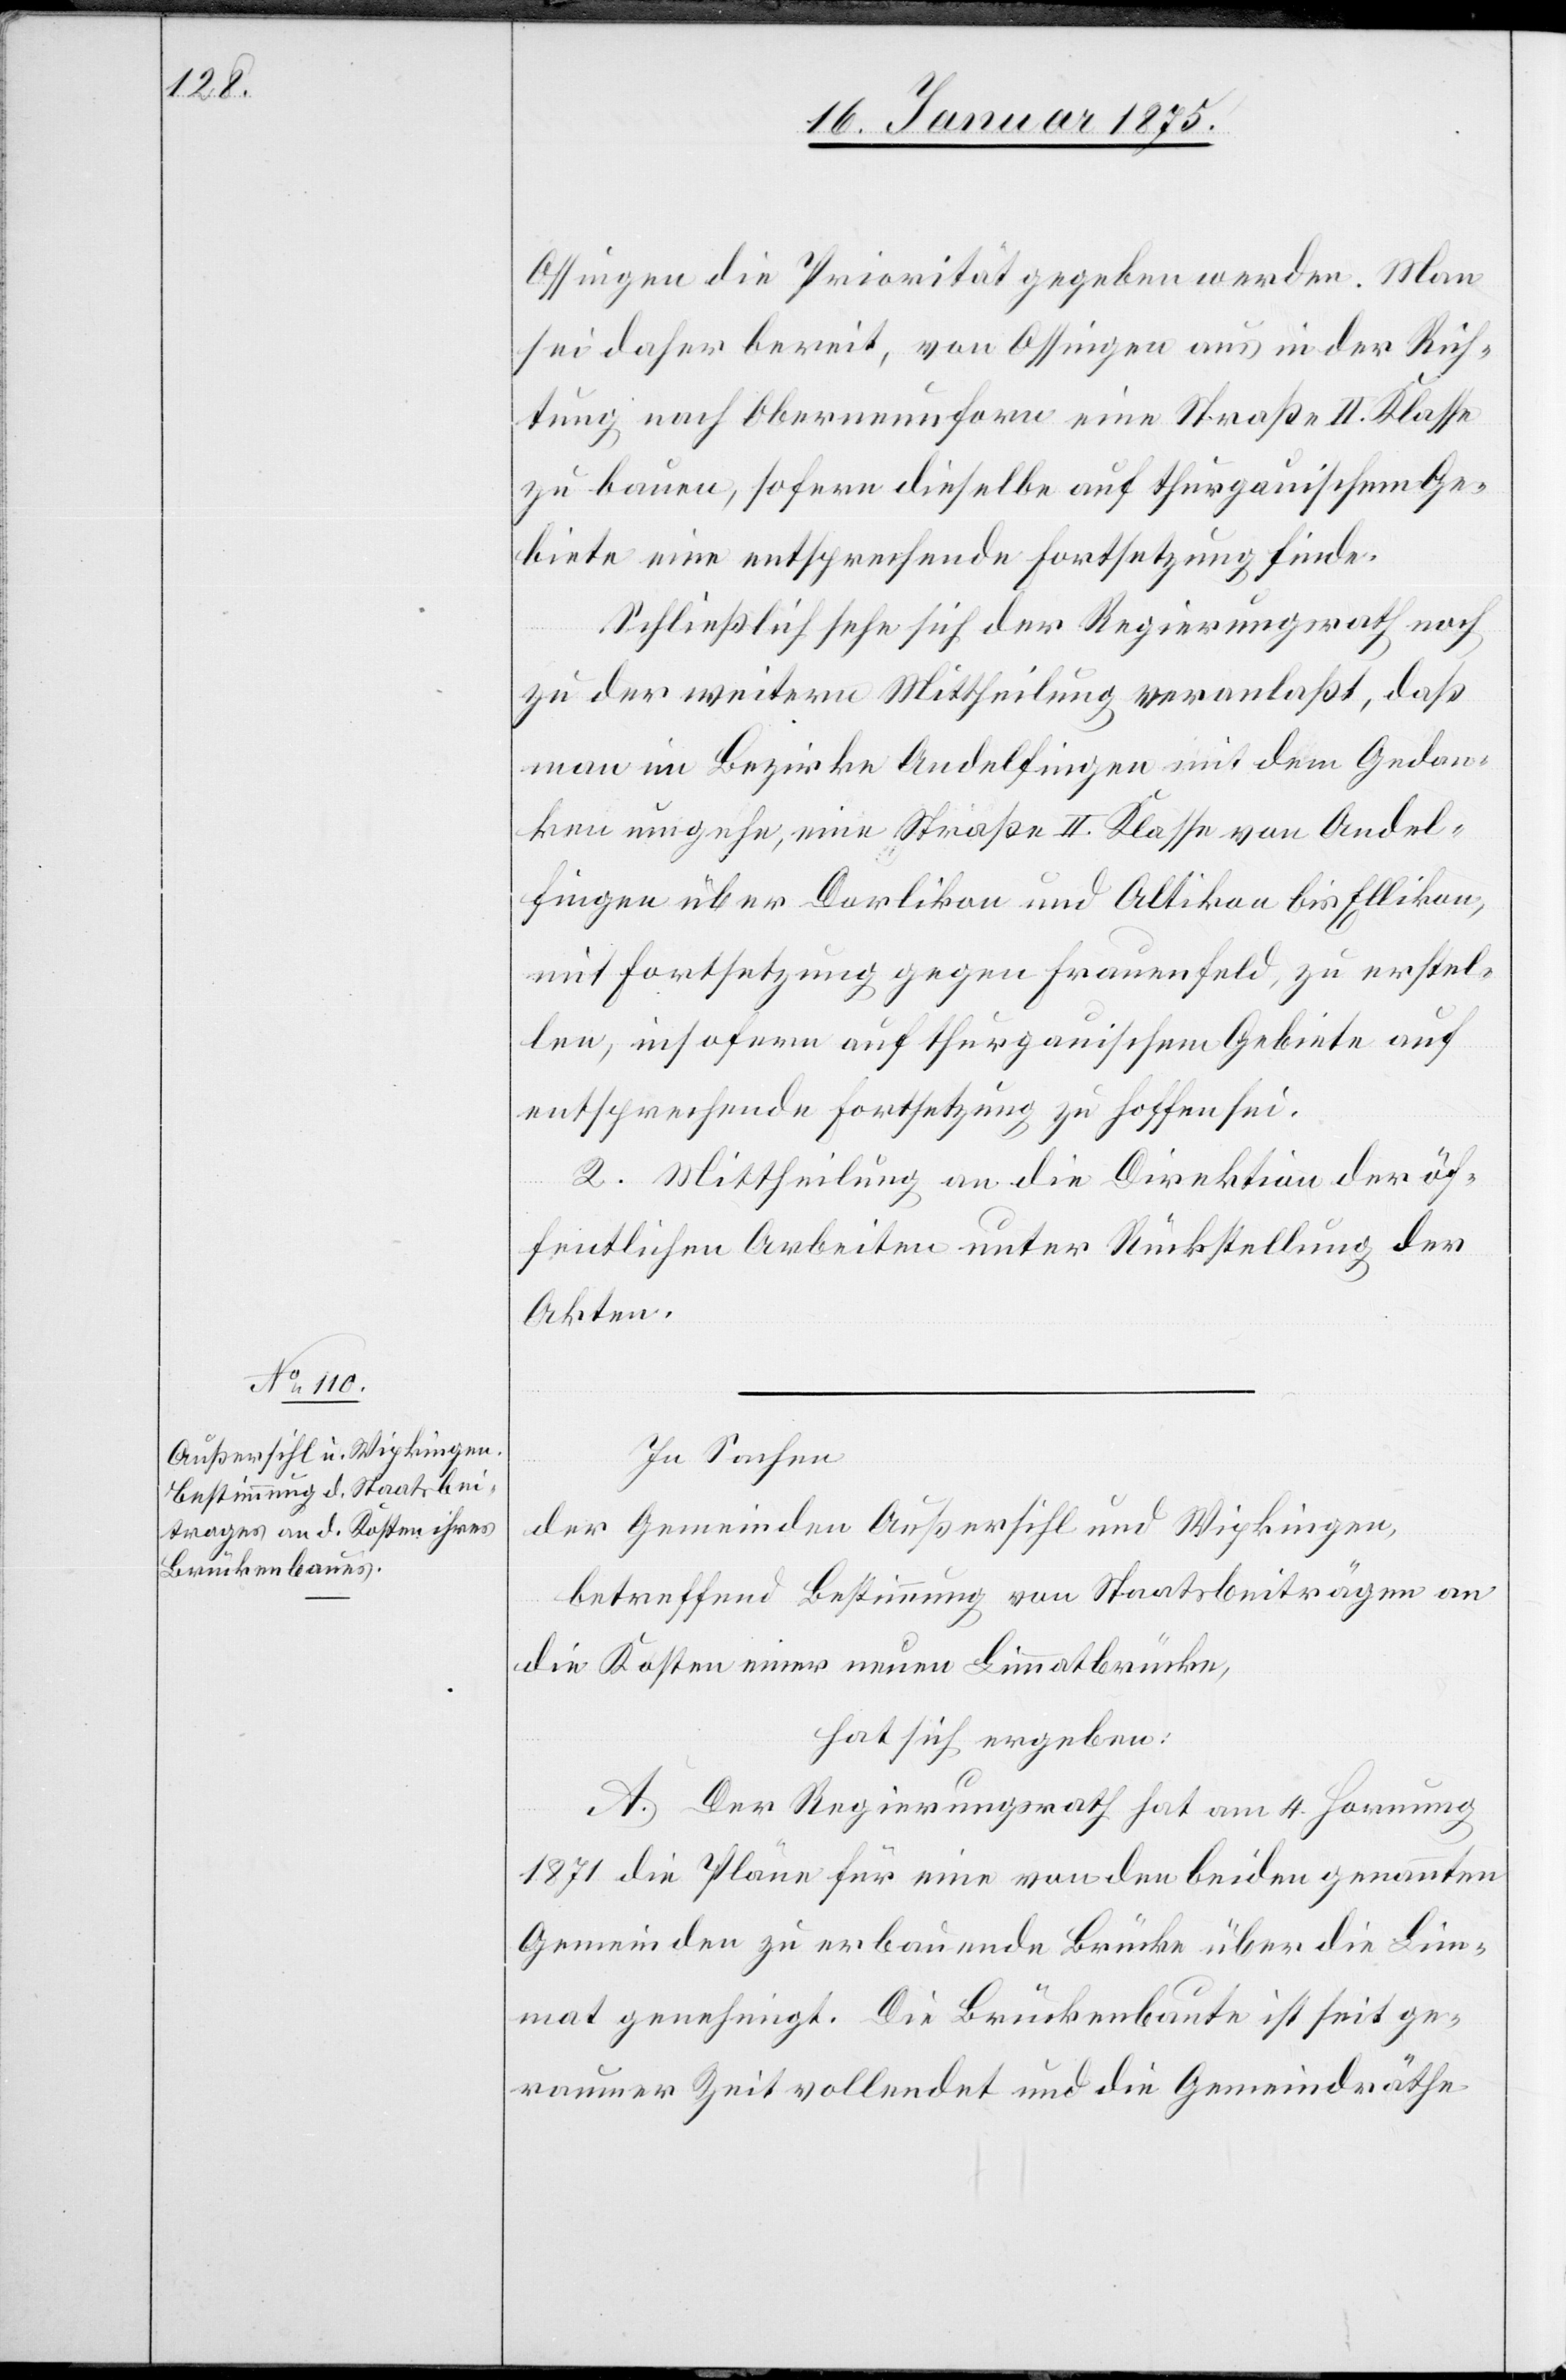
Ossingen die Priorität gegeben werde. Man
sei daher bereit, von Ossingen aus in der Rich¬
tung nach Oberneunforn eine Straße II. Klasse
zu bauen, sofern dieselbe auf thurgauischem Ge¬
biete eine entsprechende Fortsetzung finde.
Schließlich sehe sich der Regierungsrath noch
zu der weitern Mittheilung veranlaßt, daß
man im Bezirke Andelfingen mit dem Gedan¬
ken umgehe, eine Straße II. Klasse von Andel¬
fingen über Dorlikon und Altikon bis Ellikon,
mit Fortsetzung gegen Frauenfeld, zu erstel¬
len, insofern auf thurgauischem Gebiete auf
entsprechende Fortsetzung zu hoffen sei.
2. Mittheilung an die Direktion der öf¬
fentlichen Arbeiten unter Rückstellung der
Akten.
In Sachen
der Gemeinden Außersihl und Wipkingen
betreffend Bestimmung von Staatsbeiträgen an
die Kosten einer neuen Limmathbrücke,
hat sich ergeben:
A. Der Regierungsrath hat am 4. Hornung
1871 die Pläne für eine von den beiden genannten
Gemeinden zu erbauende Brücke über die Lim¬
mat genehmigt. Die Brückenbaute ist seit ge¬
raumer Zeit vollendet und die Gemeindräthe